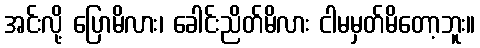
အင်းလို့ ပြောမိလား၊ ခေါင်းညိတ်မိလား ငါမမှတ်မိတော့ဘူး။